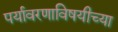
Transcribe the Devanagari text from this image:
पर्यावरणाविषयीच्या